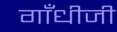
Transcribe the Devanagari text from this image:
गाँधीजी